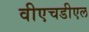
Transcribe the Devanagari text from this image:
वीएचडीएल